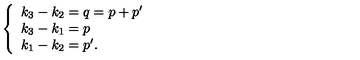
\left\{ \begin{array} { l } { k _ { 3 } - k _ { 2 } = q = p + p ^ { \prime } } \\ { k _ { 3 } - k _ { 1 } = p } \\ { k _ { 1 } - k _ { 2 } = p ^ { \prime } . } \\ \end{array} \right.